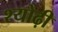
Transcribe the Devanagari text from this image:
श्योढ़ी